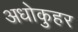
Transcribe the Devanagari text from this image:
अधोकुहर